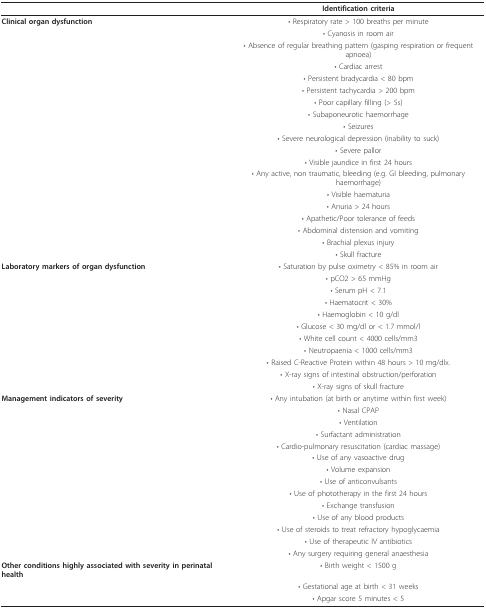
<table><thead><tr><td>[EMPTY_CELL]</td><td><b>Identification criteria</b></td></tr></thead><tbody><tr><td><b>Clinical organ dysfunction</b></td><td>• Respiratory rate &gt; 100 breaths per minute</td></tr><tr><td>[EMPTY_CELL]</td><td>• Cyanosis in room air</td></tr><tr><td>[EMPTY_CELL]</td><td>• Absence of regular breathing pattern (gasping respiration or frequent apnoea)</td></tr><tr><td>[EMPTY_CELL]</td><td>• Cardiac arrest</td></tr><tr><td>[EMPTY_CELL]</td><td>• Persistent bradycardia &lt; 80 bpm</td></tr><tr><td>[EMPTY_CELL]</td><td>• Persistent tachycardia &gt; 200 bpm</td></tr><tr><td>[EMPTY_CELL]</td><td>• Poor capillary filling (&gt; 5s)</td></tr><tr><td>[EMPTY_CELL]</td><td>• Subaponeurotic haemorrhage</td></tr><tr><td>[EMPTY_CELL]</td><td>• Seizures</td></tr><tr><td>[EMPTY_CELL]</td><td>• Severe neurological depression (inability to suck)</td></tr><tr><td>[EMPTY_CELL]</td><td>• Severe pallor</td></tr><tr><td>[EMPTY_CELL]</td><td>• Visible jaundice in first 24 hours</td></tr><tr><td>[EMPTY_CELL]</td><td>• Any active, non traumatic, bleeding (e.g. GI bleeding, pulmonary haemorrhage)</td></tr><tr><td>[EMPTY_CELL]</td><td>• Visible haematuria</td></tr><tr><td>[EMPTY_CELL]</td><td>• Anuria &gt; 24 hours</td></tr><tr><td>[EMPTY_CELL]</td><td>• Apathetic/Poor tolerance of feeds</td></tr><tr><td>[EMPTY_CELL]</td><td>• Abdominal distension and vomiting</td></tr><tr><td>[EMPTY_CELL]</td><td>• Brachial plexus injury</td></tr><tr><td>[EMPTY_CELL]</td><td>• Skull fracture</td></tr><tr><td><b>Laboratory markers of organ dysfunction</b></td><td>• Saturation by pulse oximetry &lt; 85% in room air</td></tr><tr><td>[EMPTY_CELL]</td><td>• pCO2 &gt; 65 mmHg</td></tr><tr><td>[EMPTY_CELL]</td><td>• Serum pH &lt; 7.1</td></tr><tr><td>[EMPTY_CELL]</td><td>• Haematocrit &lt; 30%</td></tr><tr><td>[EMPTY_CELL]</td><td>• Haemoglobin &lt; 10 g/dl</td></tr><tr><td>[EMPTY_CELL]</td><td>• Glucose &lt; 30 mg/dl or &lt; 1.7 mmol/l</td></tr><tr><td>[EMPTY_CELL]</td><td>• White cell count &lt; 4000 cells/mm3</td></tr><tr><td>[EMPTY_CELL]</td><td>• Neutropaenia &lt; 1000 cells/mm3</td></tr><tr><td>[EMPTY_CELL]</td><td>• Raised C-Reactive Protein within 48 hours &gt; 10 mg/dlx.</td></tr><tr><td>[EMPTY_CELL]</td><td>• X-ray signs of intestinal obstruction/perforation</td></tr><tr><td>[EMPTY_CELL]</td><td>• X-ray signs of skull fracture</td></tr><tr><td><b>Management indicators of severity</b></td><td>• Any intubation (at birth or anytime within first week)</td></tr><tr><td>[EMPTY_CELL]</td><td>• Nasal CPAP</td></tr><tr><td>[EMPTY_CELL]</td><td>• Ventilation</td></tr><tr><td>[EMPTY_CELL]</td><td>• Surfactant administration</td></tr><tr><td>[EMPTY_CELL]</td><td>• Cardio-pulmonary resuscitation (cardiac massage)</td></tr><tr><td>[EMPTY_CELL]</td><td>• Use of any vasoactive drug</td></tr><tr><td>[EMPTY_CELL]</td><td>• Volume expansion</td></tr><tr><td>[EMPTY_CELL]</td><td>• Use of anticonvulsants</td></tr><tr><td>[EMPTY_CELL]</td><td>• Use of phototherapy in the first 24 hours</td></tr><tr><td>[EMPTY_CELL]</td><td>• Exchange transfusion</td></tr><tr><td>[EMPTY_CELL]</td><td>• Use of any blood products</td></tr><tr><td>[EMPTY_CELL]</td><td>• Use of steroids to treat refractory hypoglycaemia</td></tr><tr><td>[EMPTY_CELL]</td><td>• Use of therapeutic IV antibiotics</td></tr><tr><td>[EMPTY_CELL]</td><td>• Any surgery requiring general anaesthesia</td></tr><tr><td><b>Other conditions highly associated with severity in perinatal health</b></td><td>• Birth weight &lt; 1500 g</td></tr><tr><td>[EMPTY_CELL]</td><td>• Gestational age at birth &lt; 31 weeks</td></tr><tr><td>[EMPTY_CELL]</td><td>• Apgar score 5 minutes &lt; 5</td></tr></tbody></table>